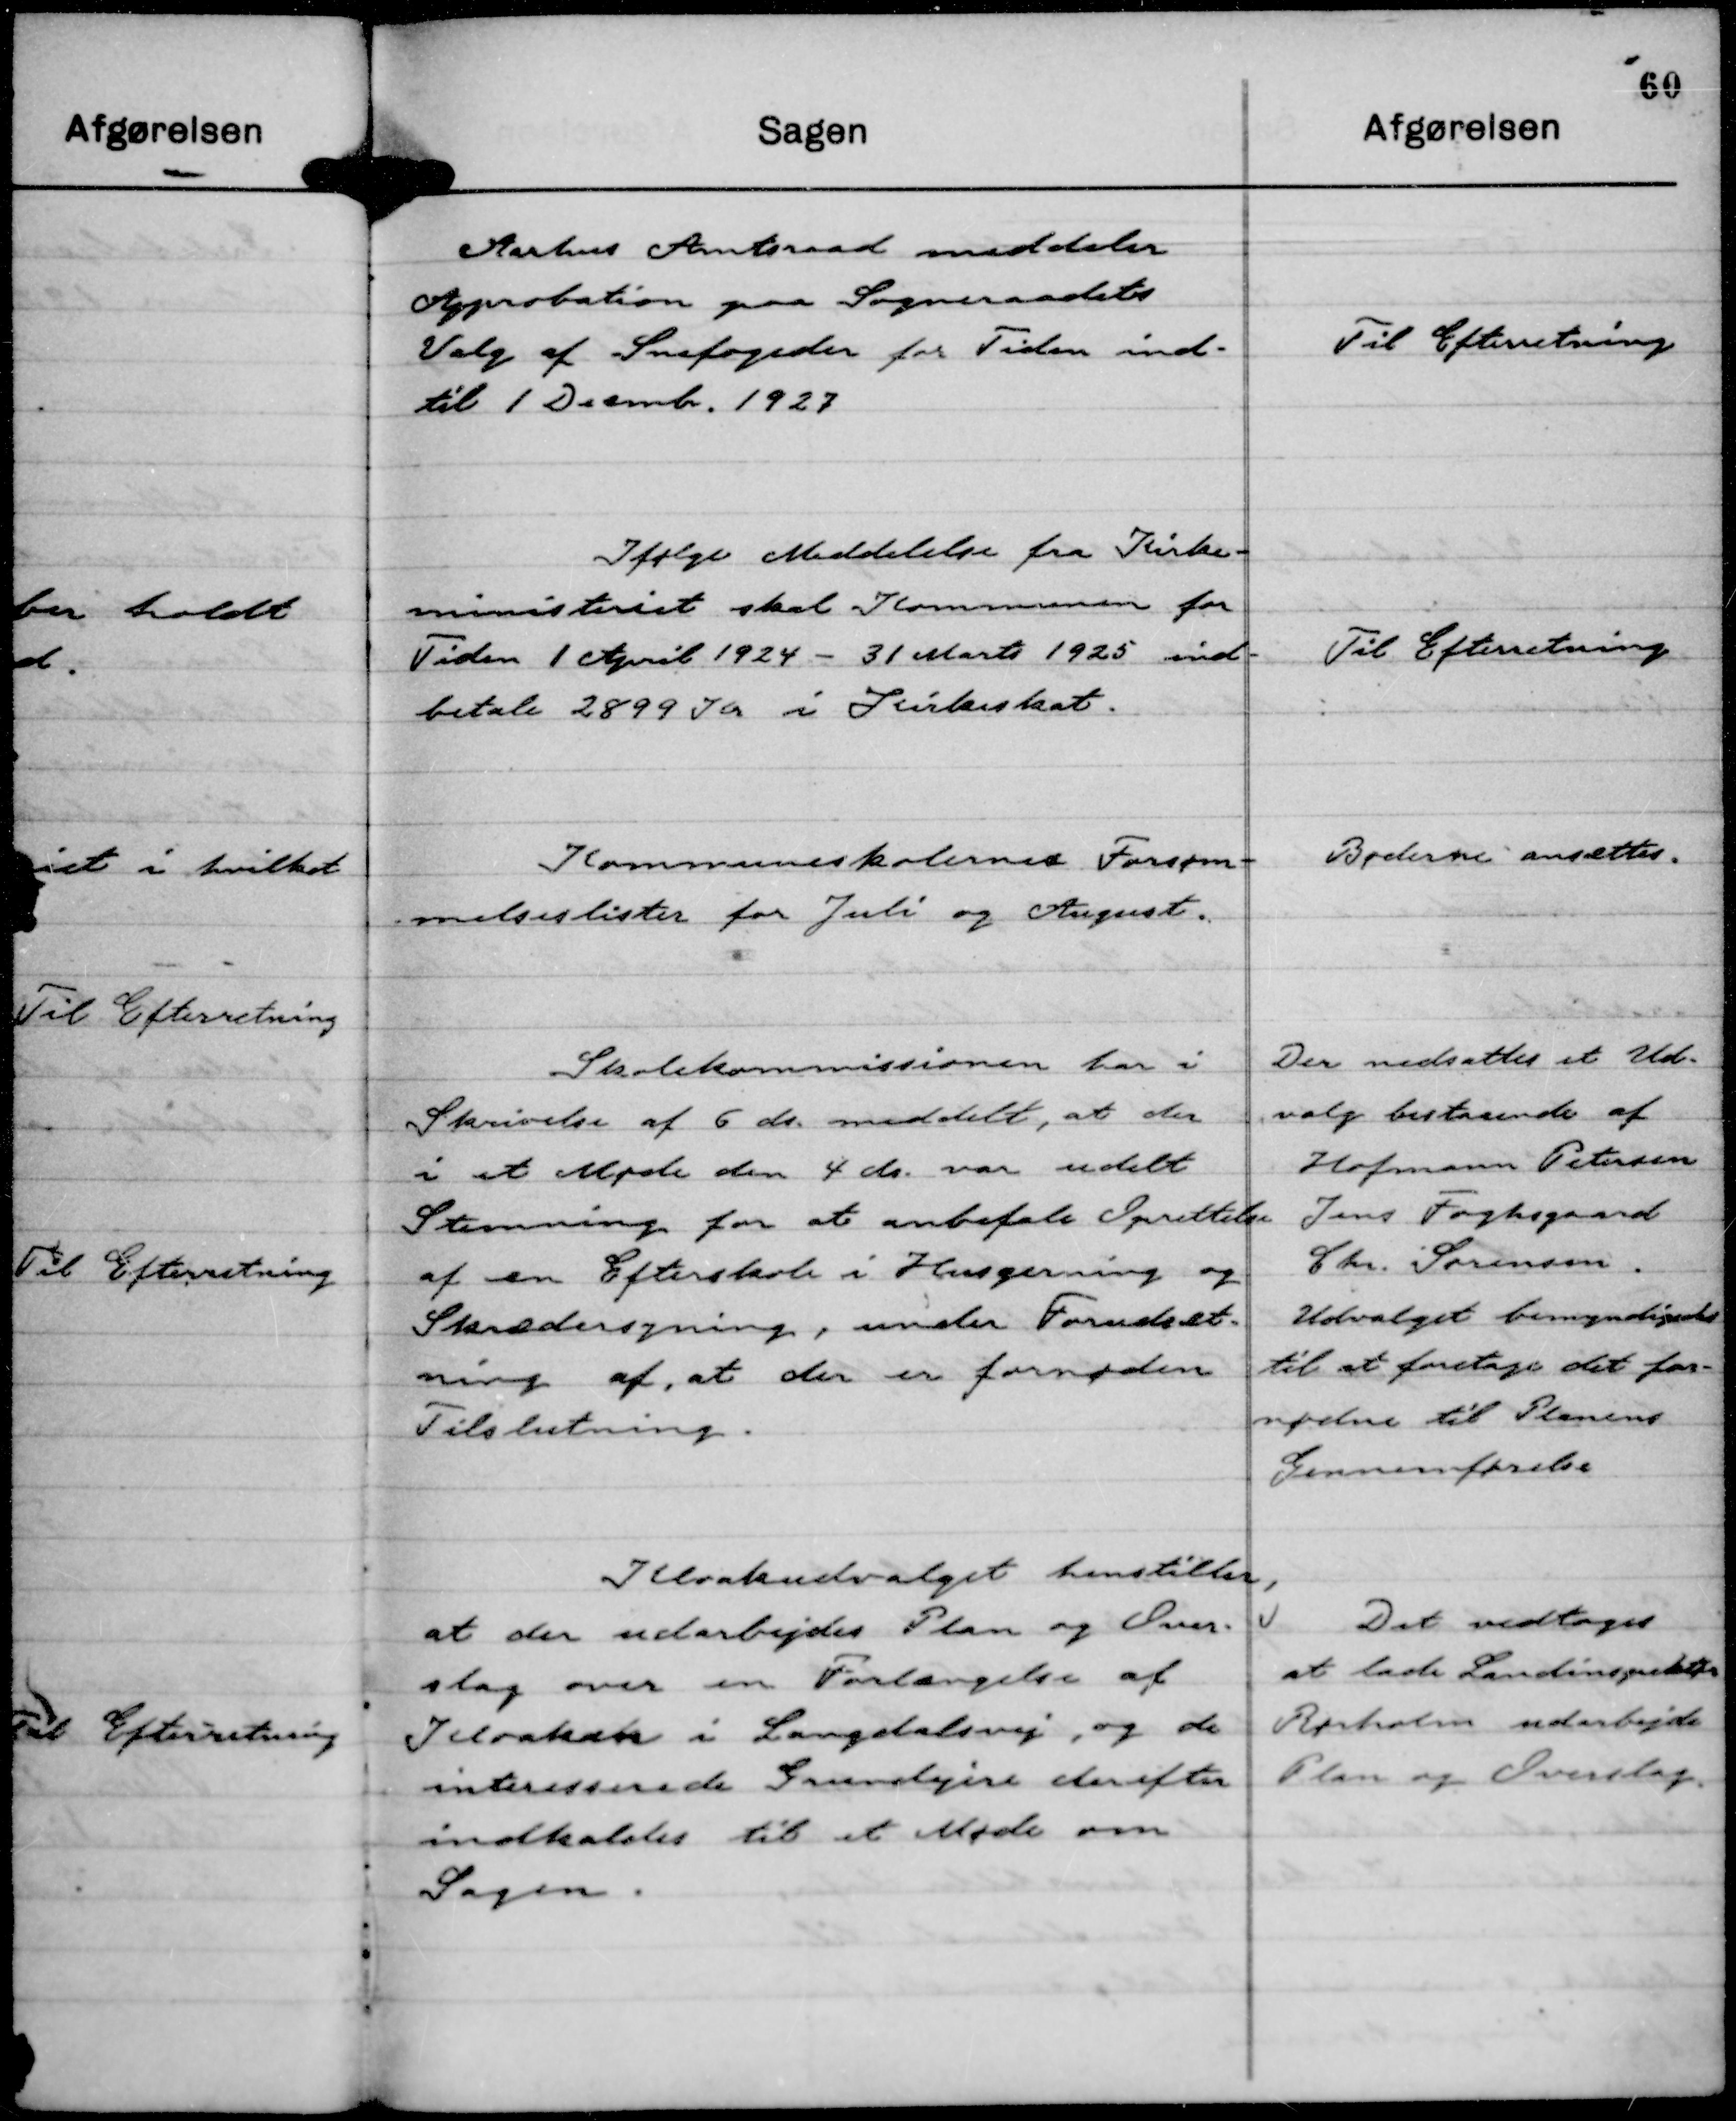
Transskription:
Aarhus Amtsraad meddeler
Approbation paa Sogneraadets
Valg af Snefogeder for Tiden ind-
til 1 Decmbr. 1927

Til Efterretning

Ifølge Meddelelse fra Kirke-
ministeriet skal Kommunen for
Tiden 1 April 1924 - 31 Marts 1925 ind-
betale 2899 Kr i Kirkeskat.

Til Efterretning

Kommuneskolernes Forsøm-
melseslister for Juli og August.

Bøderne ansættes.

Skolekommissionen har i
Skrivelse af 6 ds. meddelt, at der
i et Møde den 4 ds. var udelt
Stemning for at anbefale Oprettelse
af en Efterskole i Husgerning og
Skrædersyning, under Forudsæt-
ning af, at der er fornøden
Tilslutning.

Der nedsættes et Ud-
valg bestaaende af
Hofmann Petersen
Jens Foghsgaard
Chr. Sørensen.
Udvalget bemyndigedes
til at foretage det for-
nødne til Planens
Gennemførelse

Kloakudvalget henstiller,
at der udarbejdes Plan og Over-
slag over en Forlængelse af
Kloaken i Langdalsvej, og de
interesserede Grundejere derefter
indkaldes til et Møde om
Sagen.

Det vedtoges
at lade Landinspektør
Rørholm udarbejde
Plan og Overslag.